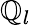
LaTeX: \mathbb{Q}_{l}